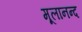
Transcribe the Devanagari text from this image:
मूलानन्द